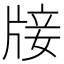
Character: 𤗈